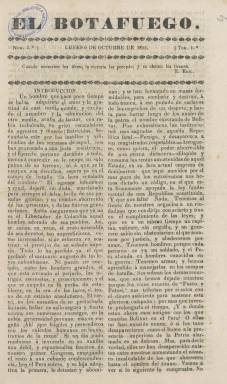
Título: El Botafuego (Piura)
Otros títulos: Bota fuego
Colección: Periódicos anteriores a 1850
Ámbito geográfico: Perú
Lugar de publicación: Piura
Fechas: 06/10/1828-30/04/1829